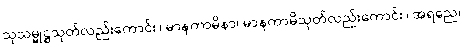
သုသမ္မုဋ္ဌသုတ်လည်းကောင်း။ မာနကာမိနာ၊ မာနကာမိသုတ်လည်းကောင်း။ အရညေ၊